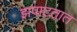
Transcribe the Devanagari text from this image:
झपाटतात